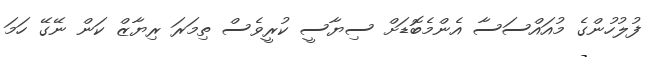
ފުލުހުންގެ މުއައްސަސާ އެންމެބޮޑަށް ސިޔާސީ ކުރީވެސް ތިމަރަ ރިޔާޒް ކަން ނޭގޭ ހަމަ